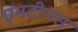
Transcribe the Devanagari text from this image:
एनटीनस